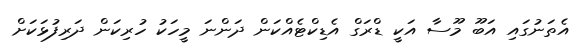
އެތަނުގައި އަބޫ މޫސާ އަކީ ޑްރަގް އެޑިކްޓެއްކަން ދަންނަ މީހަކު ހުރިކަން ދަރިފުޅަކަށް